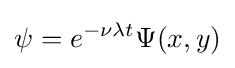
\psi =e^{-\nu \lambda t}\Psi (x,y)